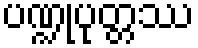
ပဏ္ဍုပုတ္တဿ